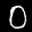
Label: 0